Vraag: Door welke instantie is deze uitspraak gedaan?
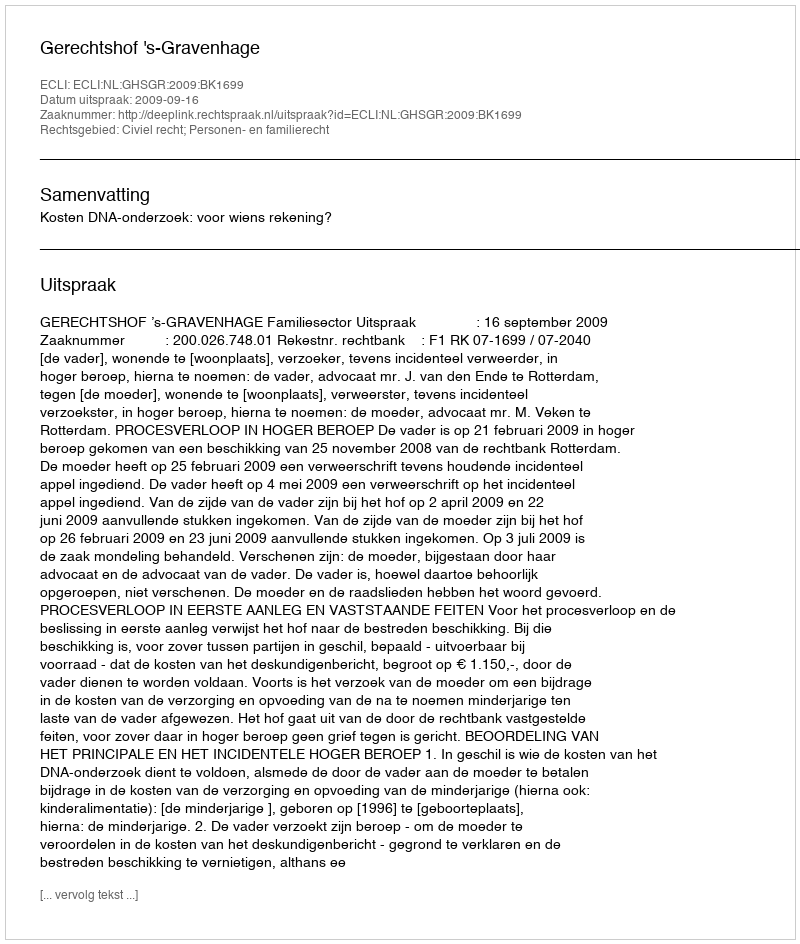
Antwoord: Gerechtshof 's-Gravenhage